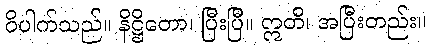
ဝိပါက်သည်။ နိဋ္ဌိတော၊ ပြီးပြီ။ ဣတိ၊ အပြီးတည်း။